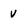
Character: v